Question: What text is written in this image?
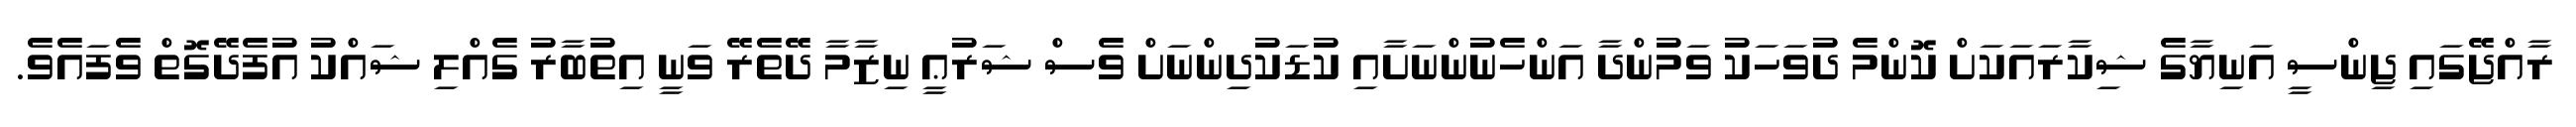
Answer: ރާއްޖޭގައި ޖިންސީ އަނިޔާގެ ޝިކާރައަކަށް ކޮންމެ ދުވަހަކު ވަމުންދާ އަންހެނުންނަށާއި ކުޑަކުދިންނަށް ވެސް ޝަރުޢީ ނިޒާމާ ދޭތެރޭ ވަނީ އިތުބާރު ގެއްލި ޝައްކު އުފެދޭގޮތް ވެފައެވެ.